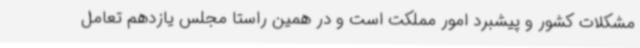
مشکلات کشور و پیشبرد امور مملکت است و در همین راستا مجلس یازدهم تعامل